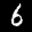
Label: 6